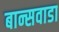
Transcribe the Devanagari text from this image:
बान्सवाडा